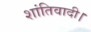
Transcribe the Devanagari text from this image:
शांतिवादी।